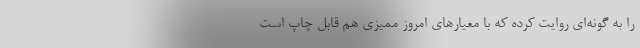
را به گونه‌ای روایت کرده که با معیارهای امروز ممیزی هم قابل چاپ است